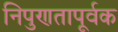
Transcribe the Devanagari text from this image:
निपुणतापूर्वक